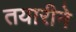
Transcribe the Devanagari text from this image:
तयारीने